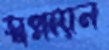
স্বপ্নায়ন